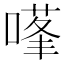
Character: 𭊊